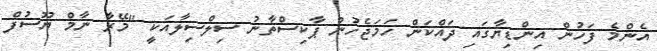
އެންމެ ފަހުން އިންޑިޔާގައި ދައްކަން ހަމަޖެހުނު ޕާކިސްތާނު ސިލްސިލާއަކީ "މޭރާ ނާމް ޔޫސުފް